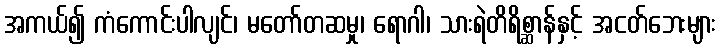
အကယ်၍ ကံကောင်းပါလျင်၊ မတော်တဆမှု၊ ရောဂါ၊ သားရဲတိရိစ္ဆာန်နှင့် အငတ်ဘေးများ